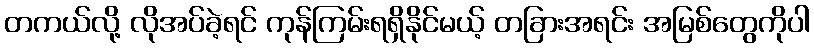
တကယ်လို့ လိုအပ်ခဲ့ရင် ကုန်ကြမ်းရရှိနိုင်မယ့် တခြားအရင်း အမြစ်တွေကိုပါ